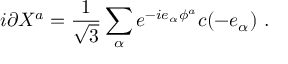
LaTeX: i \partial X ^ { a } = { \frac { 1 } { \sqrt 3 } } \sum _ { \alpha } e ^ { - i e _ { \alpha } \phi ^ { a } } c ( - e _ { \alpha } ) ~ .